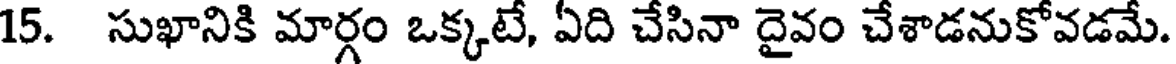
15. సుఖానికి మార్గం ఒక్కటే, ఏది చేసినా దైవం చేశాడనుకోవడమే.